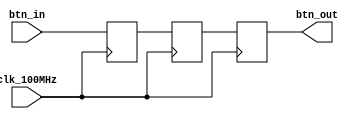
// This program was cloned from: https://github.com/FPGADude/Digital-Design
// License: GNU General Public License v3.0

`timescale 1ns / 1ps

module btn_debouncer(
    input clk_100MHz,
    input btn_in,
    output btn_out
    );
    
    reg temp1, temp2, temp3;
    
    always @(posedge clk_100MHz) begin
        temp1 <= btn_in;
        temp2 <= temp1;
        temp3 <= temp2;
    end
    
    assign btn_out = temp3;
    
endmodule